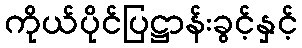
ကိုယ်ပိုင်ပြဋ္ဌာန်းခွင့်နှင့်